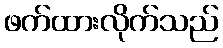
ဖက်ထားလိုက်သည်